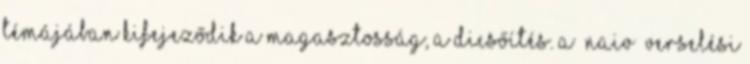
témájában kifejeződik a magasztosság, a dicsőítés. A „naiv” verselési